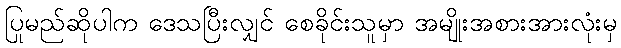
ပြုမည်ဆိုပါက ဒေသပြီးလျှင် စေခိုင်းသူမှာ အမျိုးအစားအားလုံးမှ